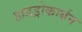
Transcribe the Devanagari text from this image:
हाडड्रोकार्बन